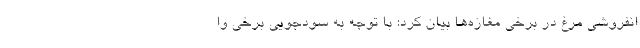
انفروشی مرغ در برخی مغازه‌ها بیان کرد: با توجه به سودجویی برخی وا